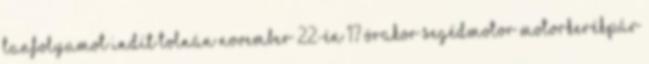
TANFOLYAMOT INDÍT TOLNÁN NOVEMBER 22-én 17 órakor segédmotor motorkerékpár